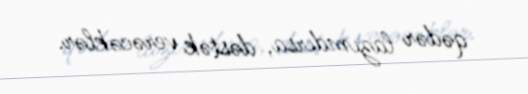
qədər lazımdırsa, dəstək verəcəklər.